Annual administration report of the Civil Veterinary Department of India - 1892-1893
Year: 1892
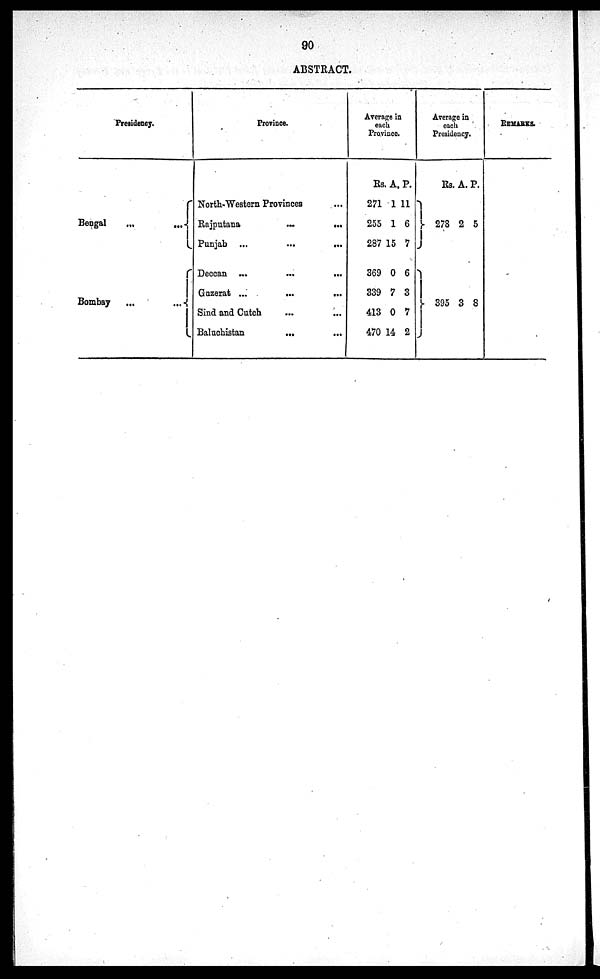
90
ABSTRACT.
Presidency.
Bengal
...
...
Bombay
...
...
Province.
North-Western Provinces ...
Rajputana
...
...
Punjab ...
...
...
Deccan ...
...
...
Gazerat ...
...
...
Sind and Cutch ... ...
Baluchistan ...
Average in
each
Province.
Rs
271
255
287
369
339
413
470
A.
1
1
15
0
7
0
14
P.
11
6
7
6
3
7
2
Average in
each
Presidency.
Rs.
278
395
A.
2
3
P.
5
8
REMARKS.